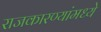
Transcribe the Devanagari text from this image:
राजकारण्यांमध्ये